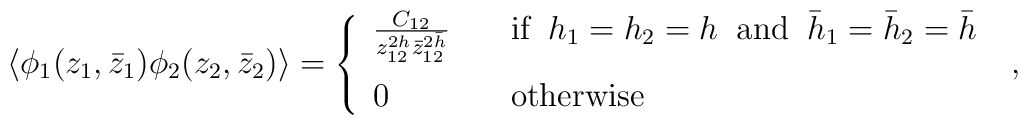
\langle\phi_{1}(z_{1},\bar{z}_{1})\phi_{2}(z_{2},\bar{z}_{2})\rangle=\left\{\begin{array}{ll}\frac{C_{12}}{z_{12}^{2h}\bar{z}_{12}^{2\bar{h}}} &\quad  \textrm{if}\;\;h_{1}=h_{2}=h \;\;\textrm{and}\;\;\bar{h}_{1}=\bar{h}_{2}=\bar{h}\medskip \\0 & \quad \textrm{otherwise}\,\,\, \end{array}\right. \,\, ,